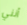
أنني